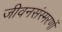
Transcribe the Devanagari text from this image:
जीवनसंस्मरणों